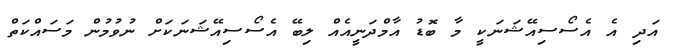
އަދި އެ އެސޯސިއޭޝަނަކީ މާ ބޮޑު އާމްދަނީއެއް ލިބޭ އެސޯސިއޭޝަނަަކަށް ނުވުމުން މަސައްކަތް